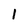
Character: 1